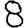
Digit: 8